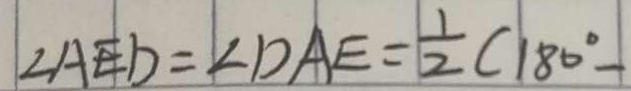
\angle A E D = \angle D A E = \frac { 1 } { 2 } ( 1 8 0 ^ { \circ } -